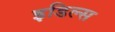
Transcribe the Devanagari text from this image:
इडिल्स